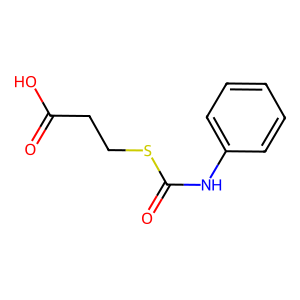
SMILES: O=C(O)CCSC(=O)Nc1ccccc1
Inhibits HIV replication: No